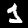
Label: 1